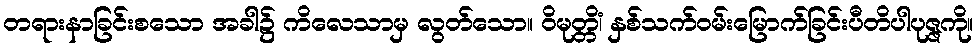
တရားနာခြင်းစသော အခါ၌ ကိလေသာမှ လွတ်သော။ ဝိမုတ္တိံ၊ နှစ်သက်ဝမ်းမြောက်ခြင်းပီတိပါပုဇ္ဇကို။